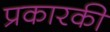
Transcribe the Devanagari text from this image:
प्रकारकी